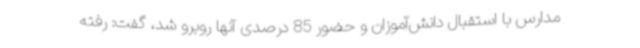
مدارس با استقبال دانش‌آموزان و حضور 85 درصدی آنها روبرو شد، گفت: رفته